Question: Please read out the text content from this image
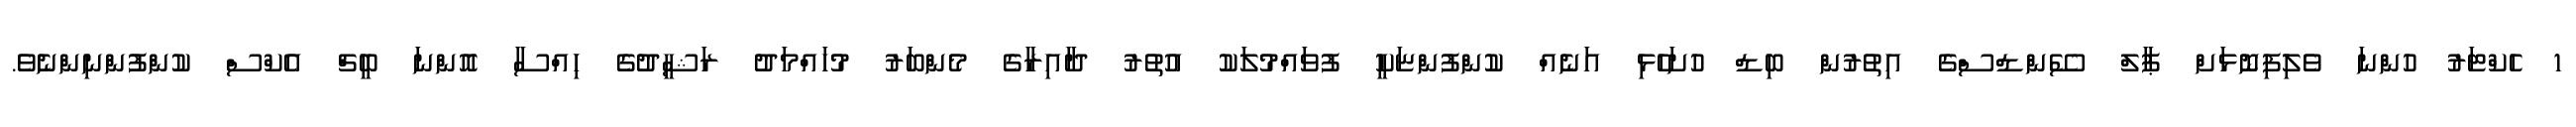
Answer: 1 ހެކްޓަރު ހުންނަ ވެލިފިނޮޅަށް ޕާލް ސޭންޑްސްގެ އިތުރުން ބިޑް ހުށަހެޅި އަނެއް ކުންފުންޏަކީ ފުވައްމުލަކު އުތުރު ދާއިރާގެ މެންބަރު މުހައްމަދު ރަޝީދުގެ ހިއްސާ އޮންނަ ބީޗް އެކްސް ކުންފުންނިންނެވެ.